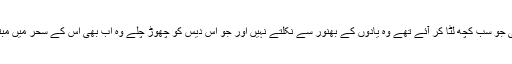
اب بھی جو سب کچھ لٹا کر آئے تھے وہ یادوں کے بھنور سے نکلتے نہیں اور جو اس دیس کو چھوڑ چلے وہ اب بھی اس کے سحر میں مبتلا ہیں۔